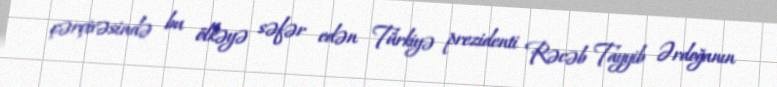
çərçivəsində bu ölkəyə səfər edən Türkiyə prezidenti Rəcəb Tayyib Ərdoğanın